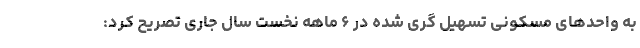
به واحدهای مسکونی تسهیل گری شده در ۶ ماهه نخست سال جاری تصریح کرد: